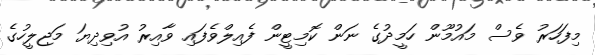
މިފަހަރު ވެސް މައުމޫން ހަމީދުގެ ނަން ކޮމިޓީން ފެއިލްވެފައި ވާއިރު އުވިދިޔަ މަޖިލީހުގެ